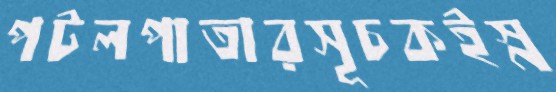
পটলপাতারসূচকইস্ন